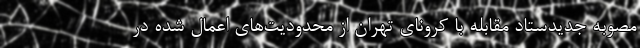
مصوبه جدیدستاد مقابله با کرونای تهران از محدودیت‌های اعمال شده در